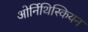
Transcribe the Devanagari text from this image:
ओर्निथिस्कियन